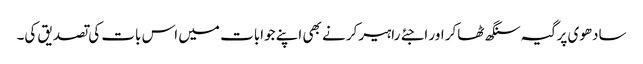
سادھوی پرگیہ سنگھ ٹھاکر اور اجئے راہیرکر نے بھی اپنے جوابات میں اس بات کی تصدیق کی۔